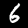
Digit: 6